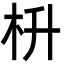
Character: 枡